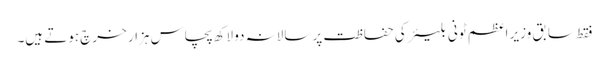
فقط سابق وزیر اعظم ٹونی بلیئر کی حفاظت پر سالانہ دو لاکھ پچاس ہزار خرچ ہوتے ہیں۔